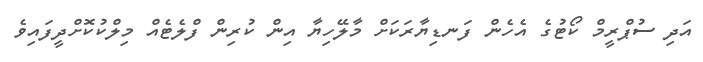
އަދި ސުޕްރީމް ކޯޓުގެ އެހެން ފަނޑިޔާރަކަށް މާލޭހިޔާ އިން ކުރިން ފްލެޓެއް މިލްކުކޮށްދީފައިވެ